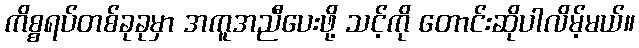
ကိစ္စရပ်တစ်ခုခုမှာ အကူအညီပေးဖို့ သင့်ကို တောင်းဆိုပါလိမ့်မယ်။